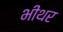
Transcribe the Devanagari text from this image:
भीथर